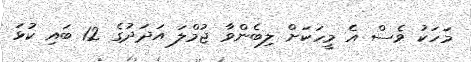
މަހަކު ވެސް އެ މީހަކަށް ލިބެންވާ ޖުމްލަ އަދަދުގެ 12 ބައި ކުޅަ